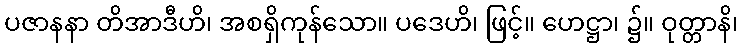
ပဇာနနာ တိအာဒီဟိ၊ အစရှိကုန်သော။ ပဒေဟိ၊ ဖြင့်။ ဟေဋ္ဌာ၊ ၌။ ဝုတ္တာနိ၊